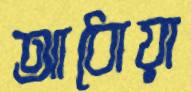
আধোয়া